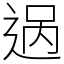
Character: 𬨨